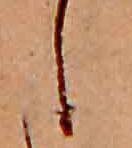
し